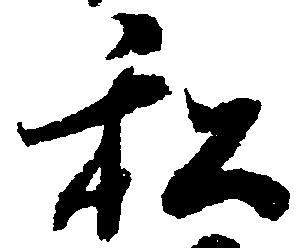
私